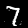
Digit: 7